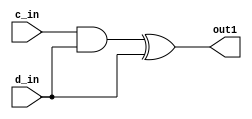
module 	c_3(
		c_in, 
		d_in, 
		out1);
input c_in;
input d_in;
output  out1;
wire     out1;
wire temp;
assign out1 = temp ^ d_in;
assign temp = c_in & d_in;
endmodule